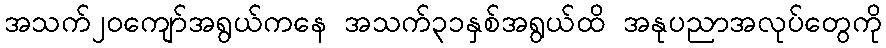
အသက်၂၀ကျော်အရွယ်ကနေ အသက်၃၁နှစ်အရွယ်ထိ အနုပညာအလုပ်တွေကို